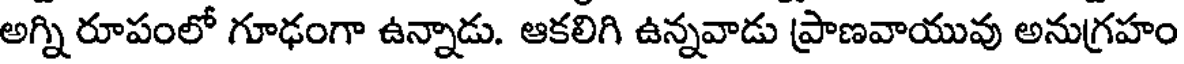
అగ్ని రూపంలో గూఢంగా ఉన్నాడు. ఆకలిగి ఉన్నవాడు ప్రాణవాయువు అనుగ్రహం